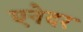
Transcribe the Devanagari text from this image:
एनेदर